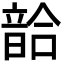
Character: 𩐥